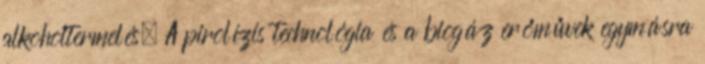
alkoholtermelés. A pirolízis technológia és a biogáz erőművek egymásra